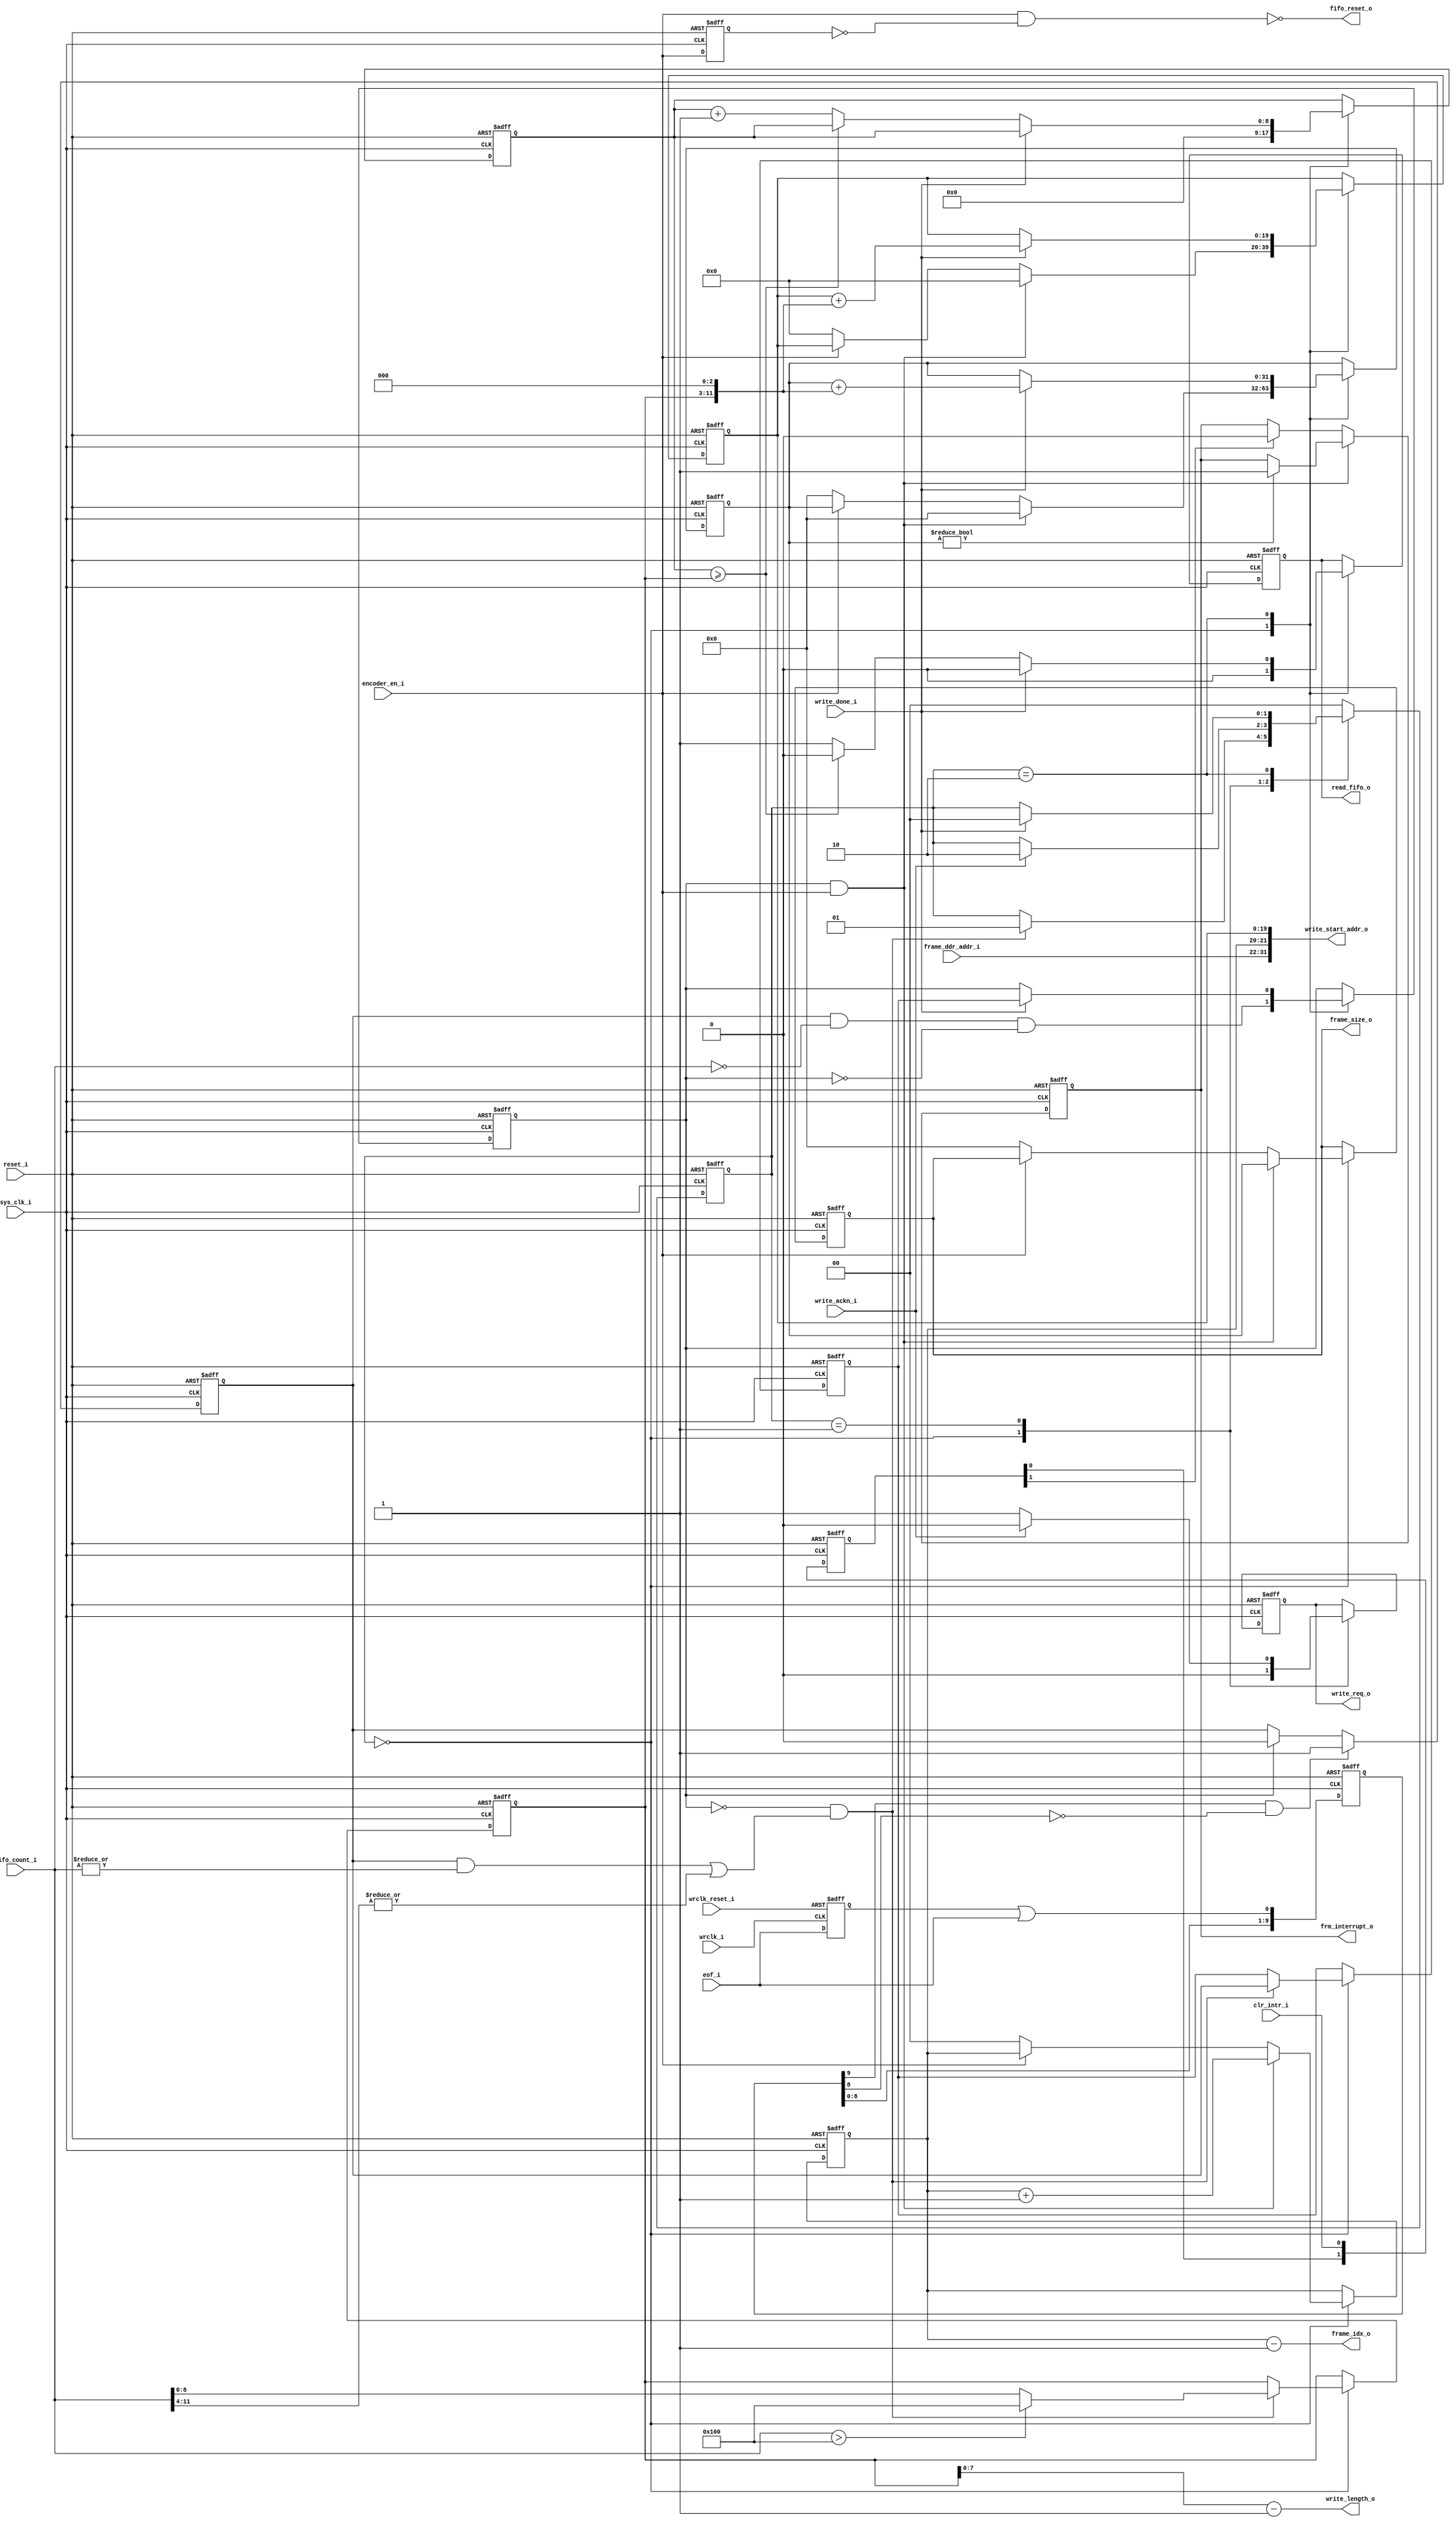
////////////////////////////////////////////////////////////////////////////////
// Copyright (c) 2022, Microchip Corporation
// All rights reserved.
//
// Redistribution and use in source and binary forms, with or without
// modification, are permitted provided that the following conditions are met:
//     * Redistributions of source code must retain the above copyright
//       notice, this list of conditions and the following disclaimer.
//     * Redistributions in binary form must reproduce the above copyright
//       notice, this list of conditions and the following disclaimer in the
//       documentation and/or other materials provided with the distribution.
//     * Neither the name of the <organization> nor the
//       names of its contributors may be used to endorse or promote products
//       derived from this software without specific prior written permission.
//
// THIS SOFTWARE IS PROVIDED BY THE COPYRIGHT HOLDERS AND CONTRIBUTORS "AS IS" AND
// ANY EXPRESS OR IMPLIED WARRANTIES, INCLUDING, BUT NOT LIMITED TO, THE IMPLIED
// WARRANTIES OF MERCHANTABILITY AND FITNESS FOR A PARTICULAR PURPOSE ARE
// DISCLAIMED. IN NO EVENT SHALL MICROCHIP CORPORATIONM BE LIABLE FOR ANY
// DIRECT, INDIRECT, INCIDENTAL, SPECIAL, EXEMPLARY, OR CONSEQUENTIAL DAMAGES
// (INCLUDING, BUT NOT LIMITED TO, PROCUREMENT OF SUBSTITUTE GOODS OR SERVICES;
// LOSS OF USE, DATA, OR PROFITS; OR BUSINESS INTERRUPTION) HOWEVER CAUSED AND
// ON ANY THEORY OF LIABILITY, WHETHER IN CONTRACT, STRICT LIABILITY, OR TORT
// (INCLUDING NEGLIGENCE OR OTHERWISE) ARISING IN ANY WAY OUT OF THE USE OF THIS
// SOFTWARE, EVEN IF ADVISED OF THE POSSIBILITY OF SUCH DAMAGE.
//
// APACHE LICENSE
// Copyright (c) 2022, Microchip Corporation 
//
// Licensed under the Apache License, Version 2.0 (the "License");
// you may not use this file except in compliance with the License.
// You may obtain a copy of the License at
//
//    http://www.apache.org/licenses/LICENSE-2.0
//
// Unless required by applicable law or agreed to in writing, software
// distributed under the License is distributed on an "AS IS" BASIS,
// WITHOUT WARRANTIES OR CONDITIONS OF ANY KIND, either express or implied.
// See the License for the specific language governing permissions and
// limitations under the License.
////////////////////////////////////////////////////////////////////////////////

module ddr_write_controller_enc #(parameter g_DDR_AXI_AWIDTH = 32) (
    input              reset_i,       //System Reset
    input              sys_clk_i,     // System clock
    input              wrclk_reset_i, //Write clock reset
    input              wrclk_i,       //Write clock 
    input      [11:0]  fifo_count_i,  //Fifo count
    input              eof_i,         //End of Frame
    
    //from apb wrapper
    input              encoder_en_i,  //enable or start
    input              clr_intr_i,    //clear interrupt from apb

    input              write_ackn_i,  //Write Acknowledgement
    input              write_done_i,  //Write Done
    input      [9:0]   frame_ddr_addr_i, //Frame address to write
    output             fifo_reset_o,  //fifo reset
    
    output wire        read_fifo_o,    //Read Request to FIFO
    output wire        frm_interrupt_o,//interrupt to MSS
    
    //to apb wrapper
    output wire [1:0]  frame_idx_o, //frame index
    output wire [31:0] frame_size_o, //Frame Size
    
    //to arbiter
    output wire                        write_req_o, //Write Request to DDR
    output wire [g_DDR_AXI_AWIDTH-1:0] write_start_addr_o, //DDR memory address to write data
    output wire [7:0]                  write_length_o  //Write Burst size

    );

  localparam  IDLE = 2'b00,
              WRITE_REQUESTING = 2'b01,
              WRITING = 2'b10;

  reg  [1:0]   s_state;
  reg          s_eof_wrclk;
  reg  [9:0]   s_eof_sync_reg;
  reg          s_eof_reg;
  wire         s_set_eof_reg;
  reg          s_clr_eof_reg;
  reg          s_write_req;
  reg          s_read_fifo;
  wire[g_DDR_AXI_AWIDTH-1:0] s_write_start_addr;
  reg [8:0]   s_counter;
  reg [8:0]   s_count_max;
  reg [19:0]   s_line_counter;
  reg          s_frm_intr;
  reg [1:0]    s_clr_intr_r;//double flop
  reg [1:0]    s_frame_index;
  wire[1:0]    s_disp_frame_index;
  reg          s_last_data_in_frame;
  reg [31:0]   s_frame_size;
  reg [31:0]   s_frame_size_out;
  reg          encoder_en_dly1;

assign write_req_o          = s_write_req;
assign write_start_addr_o   = s_write_start_addr;
assign write_length_o       = s_count_max - 1'b1;
assign read_fifo_o          = s_read_fifo;
assign frame_size_o         = s_frame_size_out ;
assign frame_idx_o          = s_disp_frame_index;
assign frm_interrupt_o      = s_frm_intr;
assign fifo_reset_o         = ~(encoder_en_i & (~ encoder_en_dly1));
assign s_disp_frame_index   = s_frame_index - 1'b1 ;
assign s_write_start_addr   = {frame_ddr_addr_i[9:0], s_frame_index, s_line_counter};
assign s_set_eof_reg        = s_eof_sync_reg[9] & (~s_eof_sync_reg[8]) ; //neg edge

/*------------------------------------------------------------------------
-- Name       : EOF_SYNC
-- Description: Process to delay signal and find rising edge
------------------------------------------------------------------------*/
  always @( posedge wrclk_i or  negedge wrclk_reset_i)
  begin
    if (!wrclk_reset_i)   
      s_eof_wrclk <= 1'b0;
    else
      s_eof_wrclk <= eof_i;
  end
/*------------------------------------------------------------------------
-- Name       : INTR_GEN
-- Description: Process to generate and clear interrupt
------------------------------------------------------------------------*/
  always @ (posedge sys_clk_i or negedge reset_i)
  begin
	if (!reset_i) begin
      s_frm_intr           <= 1'b0;
    end 
    else begin
      if (s_clr_eof_reg && encoder_en_i) begin
        if (s_frame_size != 0)       
          s_frm_intr     <= 1'b1;
      end
      else if (s_clr_intr_r[1]) begin
        s_frm_intr     <= 1'b0;
      end    
    end
  end  
/*------------------------------------------------------------------------
-- Name       : SIGNAL_DELAY
-- Description: Process to delay signal and find rising edge
------------------------------------------------------------------------*/
  always @ (posedge sys_clk_i or negedge reset_i)
  begin
	if (!reset_i) begin
		s_eof_sync_reg     <= 0 ;
		s_eof_reg          <= 1'b0 ;
        encoder_en_dly1    <= 1'b0 ;
        s_clr_intr_r       <= 0;
	end
	else begin
		s_eof_sync_reg     <= {s_eof_sync_reg[8:0], s_eof_wrclk | eof_i} ;
        encoder_en_dly1    <= encoder_en_i;
        s_clr_intr_r       <= {s_clr_intr_r[0],clr_intr_i};
        
		if (s_set_eof_reg)      s_eof_reg <= 1'b1;
		else if (s_clr_eof_reg) s_eof_reg <= 1'b0;
	end
  end

/*------------------------------------------------------------------------
-- Name       : Write_FSM_PROC
-- Description: FSM implements Write operations
------------------------------------------------------------------------*/
  always @ (posedge sys_clk_i or negedge reset_i)
  begin
	if (!reset_i) begin
		s_state              <= IDLE;
		s_write_req          <= 1'b0;
		s_read_fifo          <= 1'b0;
		s_count_max          <= 0 ;
		s_counter            <= 0 ;        
		s_frame_index        <= 2'd0 ;
		s_line_counter       <= 20'd0 ;
		s_last_data_in_frame <= 1'b0 ;
		s_clr_eof_reg        <= 1'b0;
		s_frame_size         <= 32'd0 ;
		s_frame_size_out     <= 32'd0 ;
    end
	else begin                         
		case({s_state})
			IDLE : begin
				s_write_req <= 1'b0 ;
				s_read_fifo <= 1'b0 ;
				s_counter   <= 0 ;		
                s_clr_eof_reg <=  s_eof_reg & (fifo_count_i == 0) & (~s_clr_eof_reg) ;  

				if (s_clr_eof_reg && encoder_en_i) begin
					s_frame_index    <=  s_frame_index + 1'b1 ;
					s_frame_size_out <=  s_frame_size ;
					s_frame_size     <= 0 ;
					s_line_counter   <= 0 ;
                end
                else if (encoder_en_i == 0) begin
                    s_frame_size     <= 0 ;
                    s_frame_size_out <= 0 ;
                    s_line_counter   <= 0 ;
                    s_frame_index    <= 0 ;
				end
          
				if (!s_clr_eof_reg && ((s_eof_reg && (|fifo_count_i)) || (|fifo_count_i[11:4]))) begin
                    if (fifo_count_i > 256)
                      s_count_max <= 9'd256 ; //max 256 burst length
                    else  
					  s_count_max <= fifo_count_i[8:0] ;
					s_state       <= WRITE_REQUESTING ;
					s_last_data_in_frame <= s_eof_reg ;
				end   
			end
			WRITE_REQUESTING : begin
				if(write_ackn_i) begin
					s_write_req <= 1'b0;
					s_state     <= WRITING;
				end
				else begin
					s_write_req <= 1'b1 ;
				end
			end
			WRITING : begin
				if(write_done_i) begin     
					s_read_fifo    <= 1'b0;
					s_state        <= IDLE;
					s_clr_eof_reg  <= s_last_data_in_frame;
					s_line_counter <= s_line_counter + {s_count_max, 3'b000} ;
					s_frame_size   <= s_frame_size + {s_count_max, 3'b000} ;
				end
				else if(s_counter >= s_count_max) begin
					s_read_fifo <= 1'b0;
				end
				else begin
					s_counter   <= s_counter + 1'b1;
					s_read_fifo <= 1'b1;
				end
			end
			default : s_state <= IDLE;
		endcase
	end
end

endmodule